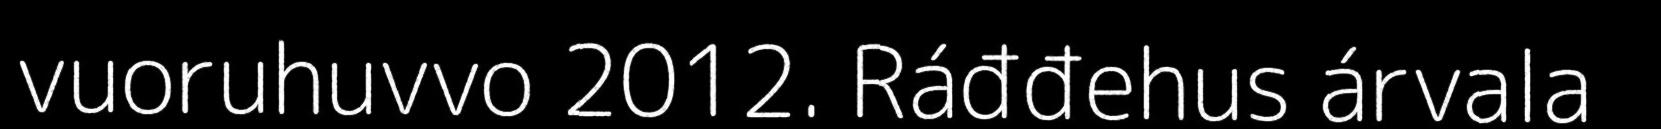
vuoruhuvvo 2012. Ráđđehus árvala